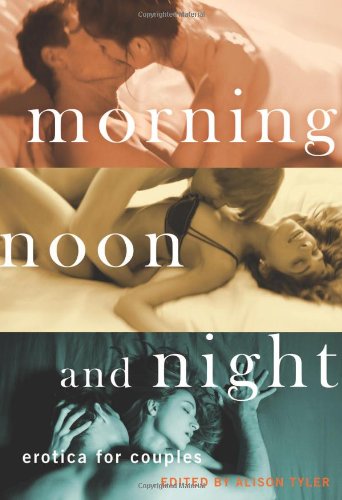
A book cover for Morning, Noon and Night: Erotica for Couples; Literature & Fiction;